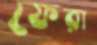
ফেরা